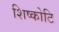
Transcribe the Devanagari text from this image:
शिष्कोटि